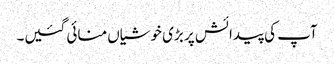
آپ کی پیدائش پر بڑی خوشیاں منائی گئیں۔